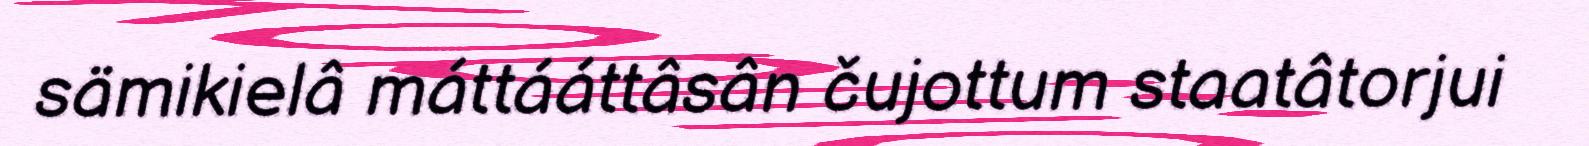
sämikielâ máttááttâsân čujottum staatâtorjui